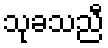
သုခသညီ